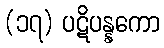
(၁၇) ပဋိပန္နကော